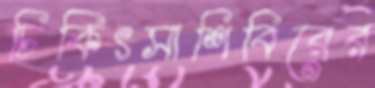
চিকিৎসাশিবিরের